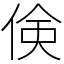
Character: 倹